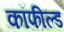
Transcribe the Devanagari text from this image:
कॉफील्ड